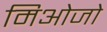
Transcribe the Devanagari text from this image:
मिओजो